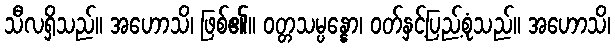
သီလရှိသည်။ အဟောသိ၊ ဖြစ်၏။ ဝတ္တသမ္ပန္နော၊ ဝတ်နှင့်ပြည့်စုံသည်။ အဟောသိ၊